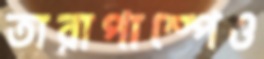
তারাপাম্পেও